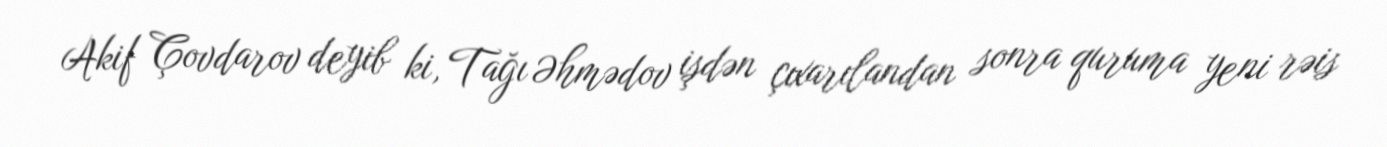
Akif Çovdarov deyib ki, Tağı Əhmədov işdən çıxarılandan sonra quruma yeni rəis